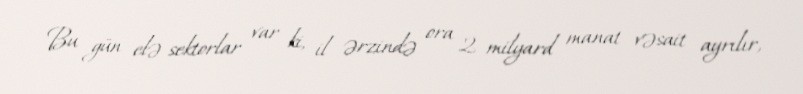
Bu gün elə sektorlar var ki, il ərzində ora 2 milyard manat vəsait ayrılır,